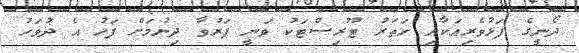
ދޯނީގެ ފަޅުވެރިއަކާއި ހަތަރު ޓޫރިސްޓަކު ވަނީ ފަރުވާ ދިނުމަށް ފަހު އެ ދުވަހު